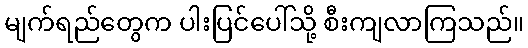
မျက်ရည်တွေက ပါးပြင်ပေါ်သို့ စီးကျလာကြသည်။